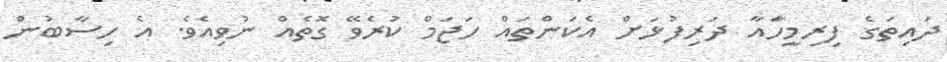
ދައިތަގެ ފިރިމީހަާއާ ދަރިފުޅަށް އެކަންތައް ހަޖަމް ކުރެވޭ ގޮތެއް ނުވިއެވެ. އެ ހިސާބުން